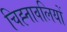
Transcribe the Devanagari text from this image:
चिह्नावलियों